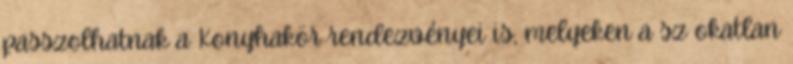
passzolhatnak a Konyhakör rendezvényei is, melyeken a sz okatlan